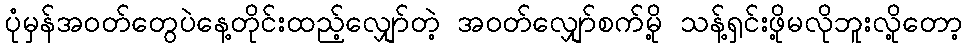
ပုံမှန်အဝတ်တွေပဲနေ့တိုင်းထည့်လျှော်တဲ့ အဝတ်လျှော်စက်မို့ သန့်ရှင်းဖို့မလိုဘူးလို့တော့